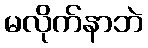
မလိုက်နာဘဲ